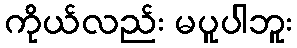
ကိုယ်လည်း မပူပါဘူး